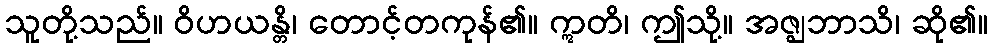
သူတို့သည်။ ဝိဟယန္တိ၊ တောင့်တကုန်၏။ ဣတိ၊ ဤသို့။ အဇ္ဈဘာသိ၊ ဆို၏။